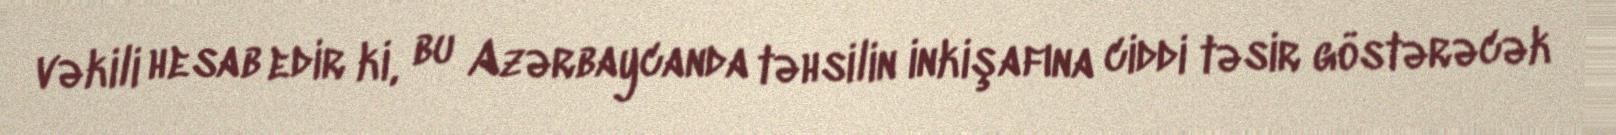
vəkili hesab edir ki, bu Azərbaycanda təhsilin inkişafına ciddi təsir göstərəcək